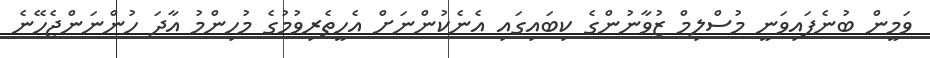
ވަމީން ބުނެފައިވަނީ މުސްލިމް ޒުވާނުންގެ ކިބައިގައި އެނެކުންނަށް އެހީތެރިވުމުގެ މުހިންމު އާދަ ހުންނަންޖެހޭނެ